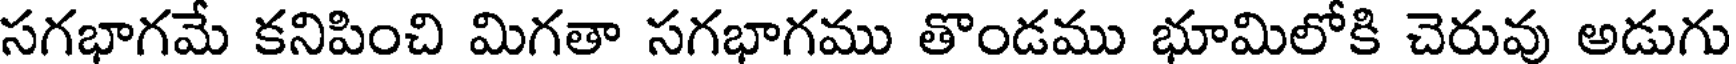
సగభాగమే కనిపించి మిగతా సగభాగము తొండము భూమిలోకి చెరువు అడుగు